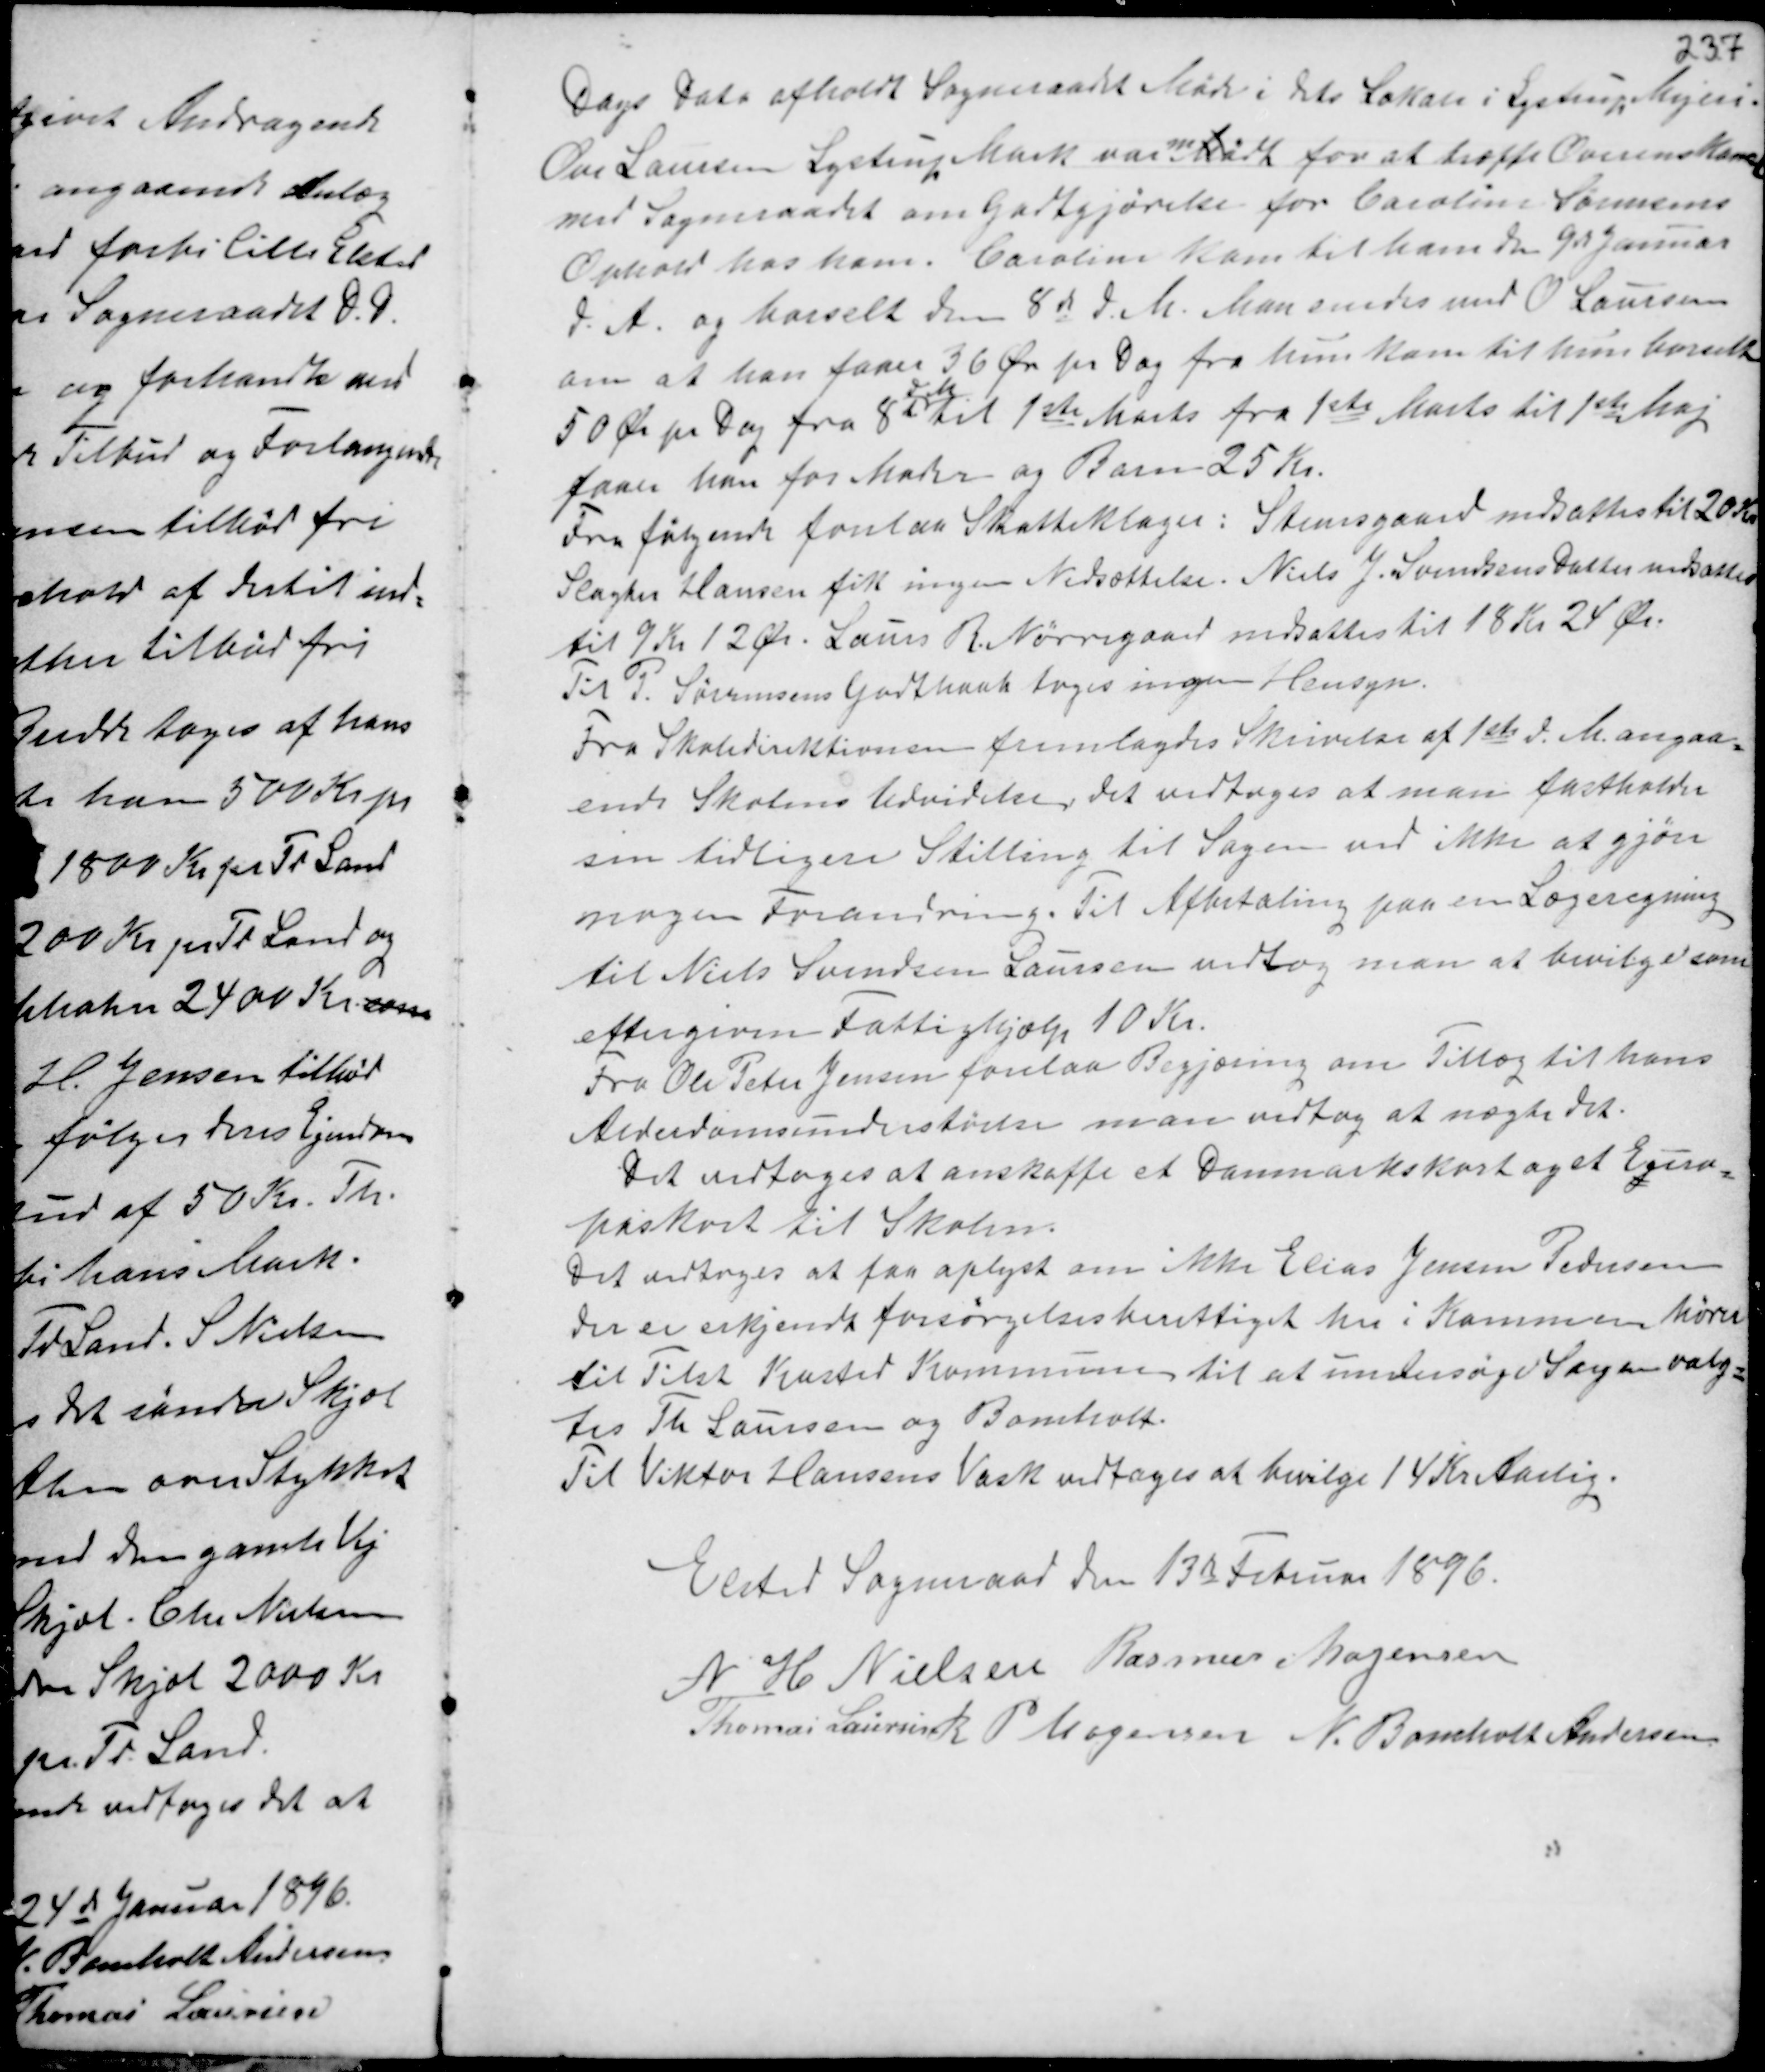
Transskription:
Dags Dato afholdt Sogneraadet Møde i dets Lokale i Lystrup Mejeri.
Ove Laursen Lystrup Mark var mMødt for at træffe Overens Komst
med Sogneraadet om Godtgjørelse for Caroline Sørensens
Ophold hos ham. Caroline kom til ham den den 9de Januar
d.A. og barselt den 8de d.M.. Man enedes med O. Laursen
om at han faar 36 Ør pr Dag fra hun kom til ham barselte
50 Ør pr Dag fra 8de
d M
til 1ste Marts fra 1ste Marts til 1ste Maj
faar han for Moder og Barn 25 Kr.
Fra følgende forelaa Skatteklager: Steensgaard nedsættes til 20 Kr
Slagter Hansen fik ingen Nedsættelse. Niels J Svendsens Datter nedsattes
til 9 Kr 12 Ør. Laurs R. Nørregaard nedsattes til 18 Kr 24 Ør.
Til P. Sørensen Godthaab toges ingen Hensyn.
Fra Skoledirektionen fremlagdes Skrivelse af 1 ste d.M. angaa-
ende Skolens Udvidelse, det vedtoges at man fastholder
sin tidligere Stilling til Sagen ved ikke at gjøre
nogen Forandring. Til Afbetaling paa en Lægeregning
til Niels Svendsen Laursen vedtog man at bevilge som
eftergiven Fattighjælp 10 Kr.
Fra Ole Peter Jensen forelaa Begjæring om Tillæg til hans
Alderdomsunderstøtelse man vedtog at nægte det.
Det vedtoges at anskaffe et Danmarkskort og et Euro-
paskort til Skolen.
Det vedtoges at faa oplyst om ikke Elias Jensen Pedersen
der er erkjendt forsørgelsesberettiget her i Kommunen hører
til Tilst Kasted Kommune til at undersøge Sagen valg-
tes Th Laursen og Bomholt.
Til Viktor Hansens Vask vedtoges at bevilge 14 Kr Aarlig.

Elsted Sogneraad den 13de Februar 1896.
N H Nielsen Rasmus Mogensen
Thomas Laursen P Mogensen N. Bomholt Andersen